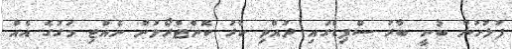
ފުލުހުން ބުނީ ބާރު ސްޕިޑްގައި ދުއްވި ކާރު ކޮންޓްރޯލުން ނެއްޓި މަގުގެ އެއް